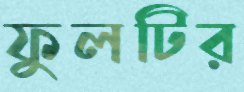
ফুলটির